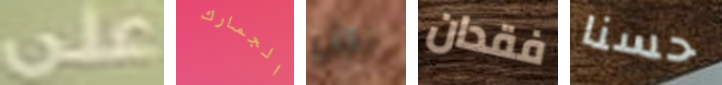
على الجمارك نحل فقدان حسنا